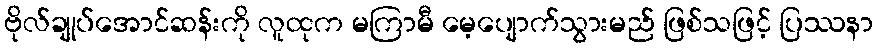
ဗိုလ်ချုပ်အောင်ဆန်းကို လူထုက မကြာမီ မေ့ပျောက်သွားမည် ဖြစ်သဖြင့် ပြဿနာ